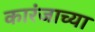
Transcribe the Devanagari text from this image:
कारंजाच्या